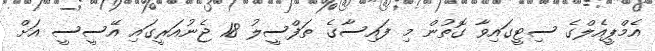
އެމްޕީއެލްގެ ސިޓީގައިވާ ގޮތުން މި ފައިސާގެ ތަފްސީލު 18 ޖެނުއަރީގައި އޭސީސީ އަށް